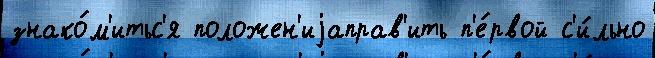
знако́м'итьс'я положен'иjаправ'ить п'е́рвой с'и́льно